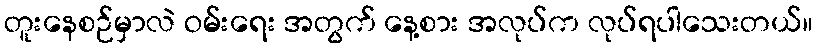
တူးနေစဉ်မှာလဲ ဝမ်းရေး အတွက် နေ့စား အလုပ်က လုပ်ရပါသေးတယ်။